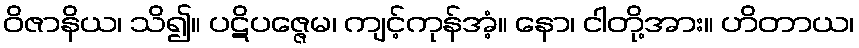
ဝိဇာနိယ၊ သိ၍။ ပဋိပဇ္ဇေမ၊ ကျင့်ကုန်အံ့။ နော၊ ငါတို့အား။ ဟိတာယ၊